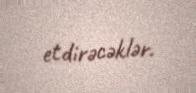
etdirəcəklər.